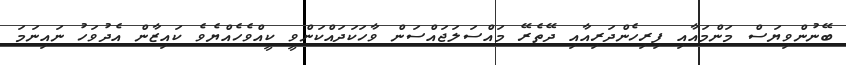
ބޭނުންވިޔަސް މަންމައާއި ފިރިހެންދަރިއާއި ދޭތެރޭ މައްސަލަޖައްސަން ވާހަކަދައްކަންވީ ކީއްވެހެއްޔެވެ ކައިޒާން އެދުވަހު ނައިނަމަ